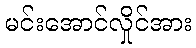
မင်းအောင်လှိုင်အား